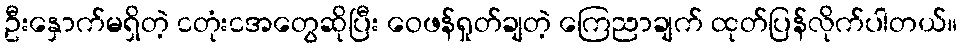
ဦးနှောက်မရှိတဲ့ ငတုံးငအတွေဆိုပြီး ဝေဖန်ရှုတ်ချတဲ့ ကြေညာချက် ထုတ်ပြန်လိုက်ပါတယ်။